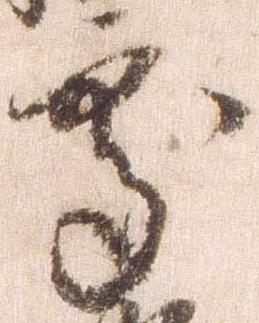
処